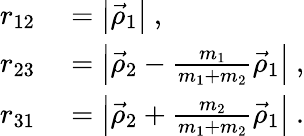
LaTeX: \begin{array}{rl}{r_{12}}&{{}=\left|\vec{\rho}_{1}\right|~,}\\ {r_{23}}&{{}=\left|\vec{\rho}_{2}-\frac{m_{1}}{m_{1}+m_{2}}\vec{\rho}_{1}\right|~,}\\ {r_{31}}&{{}=\left|\vec{\rho}_{2}+\frac{m_{2}}{m_{1}+m_{2}}\vec{\rho}_{1}\right|~.}\end{array}